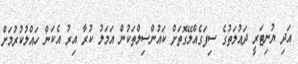
އަދި ޔުނިޓަރީ ދައުލަތުގެ ސިފަގެއްލޭގޮތަށް ކައުންސިލްތަކުން އަމަލު ކުރާ އިރު އެކަން ހައްލުކުރުމަށް